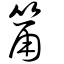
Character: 筩